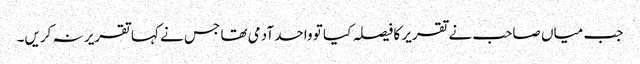
جب میاں صاحب نے تقریر کا فیصلہ کیا تو واحد آدمی تھا جس نے کہا تقریر نہ کریں۔